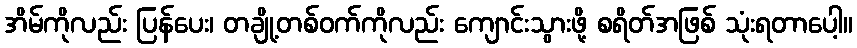
အိမ်ကိုလည်း ပြန်ပေး၊ တချို့တစ်ဝက်ကိုလည်း ကျောင်းသွားဖို့ စရိတ်အဖြစ် သုံးရတာပေါ့။